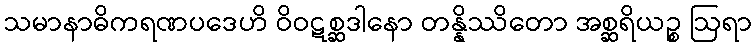
သမာနာဓိကရဏပဒေဟိ ဝိဝဋစ္ဆဒါနော တန္နိဿိတော အစ္ဆရိယဉ္စ ဩရာ